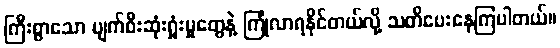
ကြီးစွာသော ပျက်စီးဆုံးရှုံးမှုတွေနဲ့ ကြုံလာရနိုင်တယ်လို့ သတိပေးနေကြပါတယ်။